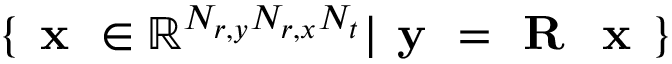
\{ \textbf { x } \in \mathbb { R } ^ { N _ { r , y } N _ { r , x } N _ { t } } | \textbf { y } = \textbf { R } \textbf { x } \}